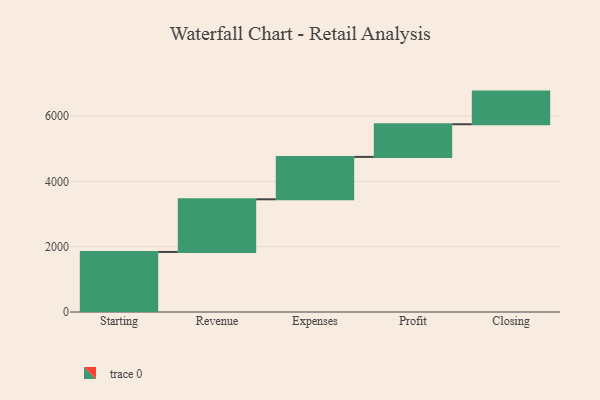
{"axis": {"x": "Step", "y": "Value"}, "legend": [""], "data": [{"x": "Starting", "y": 1839.0, "type": ""}, {"x": "Revenue", "y": 1613.0, "type": ""}, {"x": "Expenses", "y": 1298.0, "type": ""}, {"x": "Profit", "y": 1000, "type": ""}, {"x": "Closing", "y": 1000, "type": ""}]}